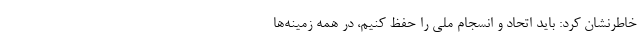
خاطرنشان کرد: باید اتحاد و انسجام ملی را حفظ کنیم، در همه زمینه‌ها